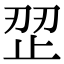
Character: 𰙩